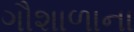
ગૌશાળાના